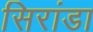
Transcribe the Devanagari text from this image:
सिरांडा